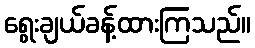
ရွေးချယ်ခန့်ထားကြသည်။